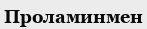
Проламинмен